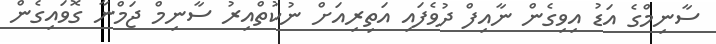
ސާނިމްގެ އަޑު އިވިގެން ނާއިފް ދުވެފައި އަތިރިއަށް ނުކުތްއިރު ސާނިމް ޖަމްނާ ގޮވައިގެން